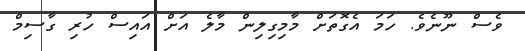
ވެސް ނޫނެވެ. ހަމަ އެގޮތަށް މާމިގިލިން މާލެ އަށް އައިސް ހުރި ގާސިމް